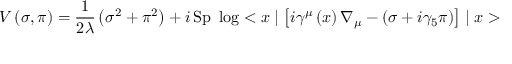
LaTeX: V \left( \sigma , \pi \right) = \frac { 1 } { 2 \lambda } \left( \sigma ^ { 2 } + \pi ^ { 2 } \right) + i \, \mathrm { S p } \ \log < x \mid \left[ i \gamma ^ { \mu } \left( x \right) \nabla _ { \mu } - \left( \sigma + i \gamma _ { 5 } \pi \right) \right] \mid x >